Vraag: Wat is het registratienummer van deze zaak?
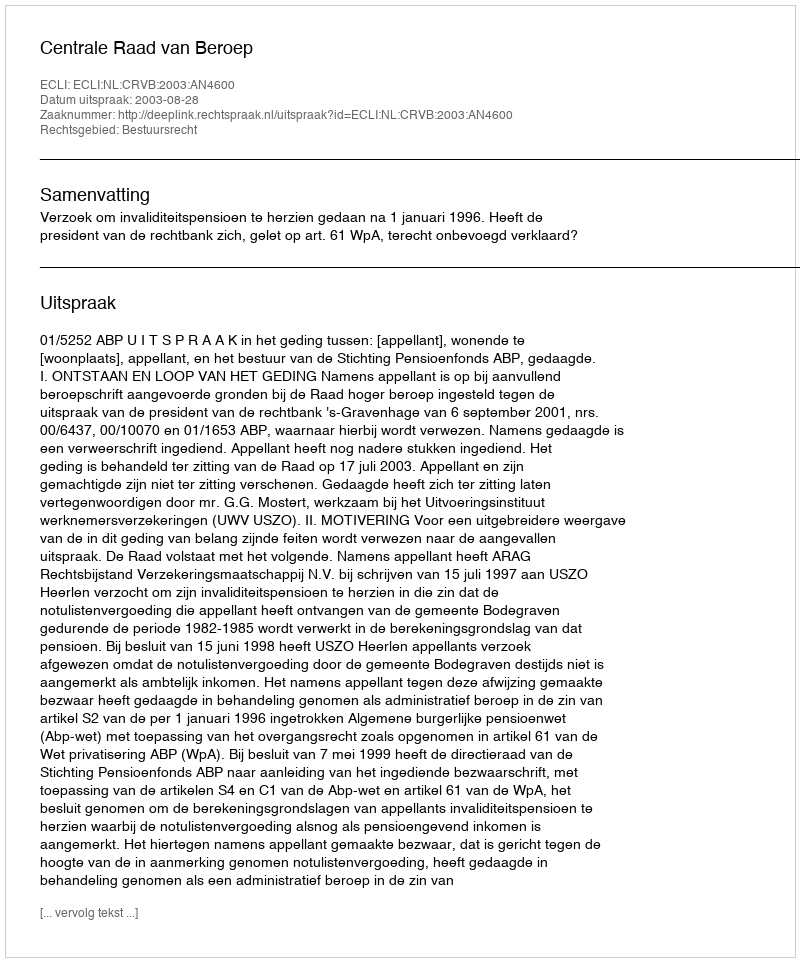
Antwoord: http://deeplink.rechtspraak.nl/uitspraak?id=ECLI:NL:CRVB:2003:AN4600